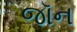
જૉન